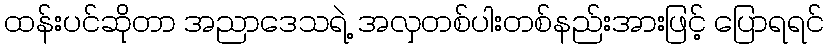
ထန်းပင်ဆိုတာ အညာဒေသရဲ့ အလှတစ်ပါးတစ်နည်းအားဖြင့် ပြောရရင်